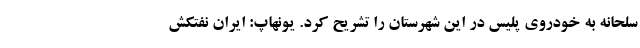
سلحانه به خودروی پلیس در این شهرستان را تشریح کرد. یونهاپ: ایران نفتکش